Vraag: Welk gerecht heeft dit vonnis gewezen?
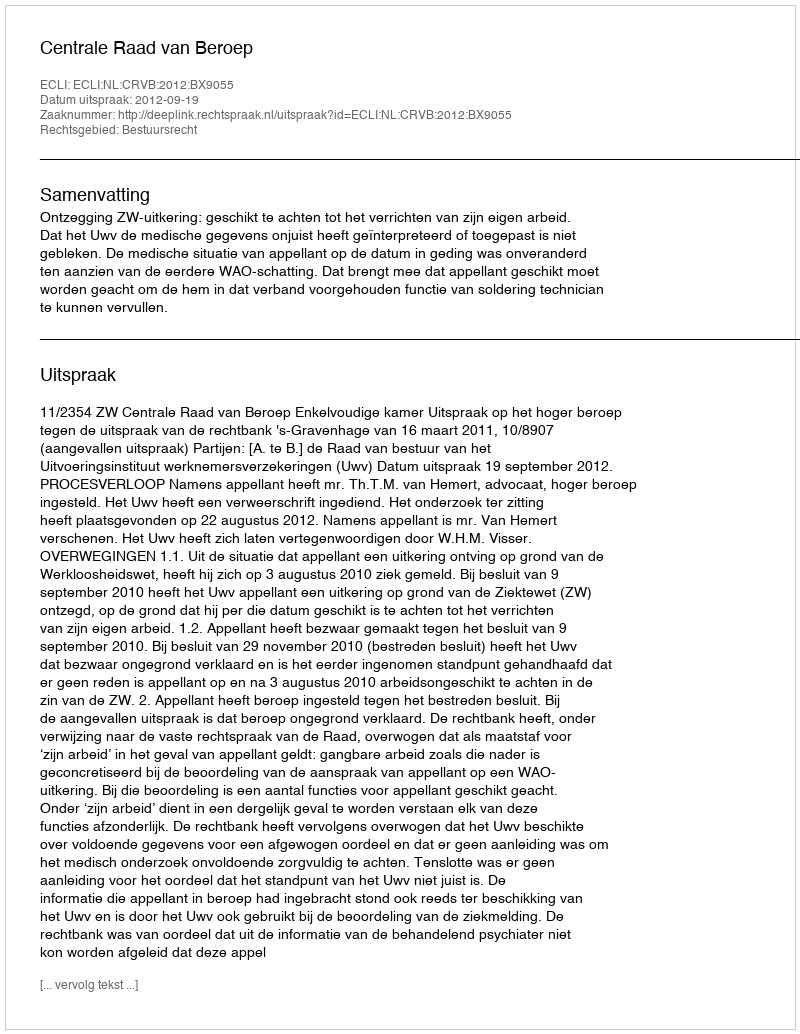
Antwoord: Centrale Raad van Beroep